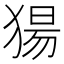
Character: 𬌺